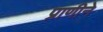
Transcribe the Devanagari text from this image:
प्राणीने